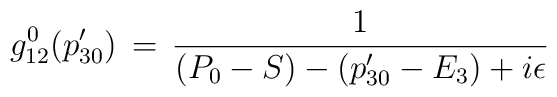
g^0_{12}(p'_{30})\,=\,{1\over(P_0-S)-(p'_{30}-E_3)+i\epsilon}